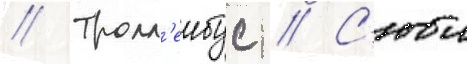
// Тролл'еибус // С'юи